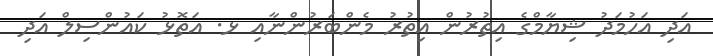
އަދި އަހުމަދު ޝިޔާމްގެ އިތުރުން އިތުރު މެންބަރުންނާއި ޅ. އަތޮޅު ކައުންސިލް އަދި